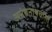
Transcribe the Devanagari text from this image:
अनंतनाथचरित